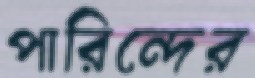
পারিন্দের